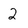
Character: 2